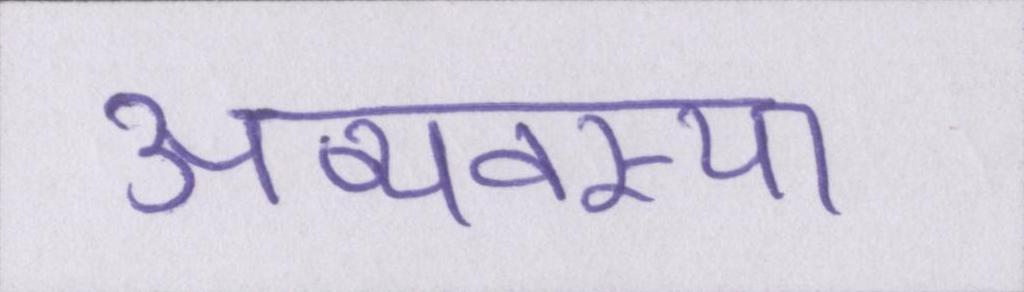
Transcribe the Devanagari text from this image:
अव्यवस्था